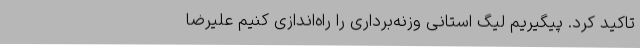
تاکید کرد. پیگیریم لیگ استانی وزنه‌برداری را راه‌اندازی کنیم علیرضا